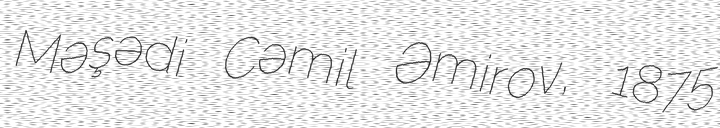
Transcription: Məşədi Cəmil Əmirov, 1875